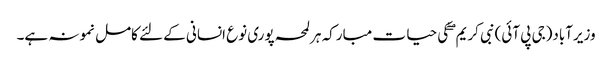
وزیرآباد(جی پی آئی)نبی کریم ۖ کی حیا ت مبارکہ ہرلمحہ پوری نوع انسانی کے لئے کامل نمونہ ہے۔